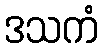
ဒသကံ